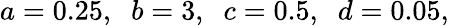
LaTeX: a=0.25,\; \; b=3,\; \; c=0.5,\; \; d=0.05,